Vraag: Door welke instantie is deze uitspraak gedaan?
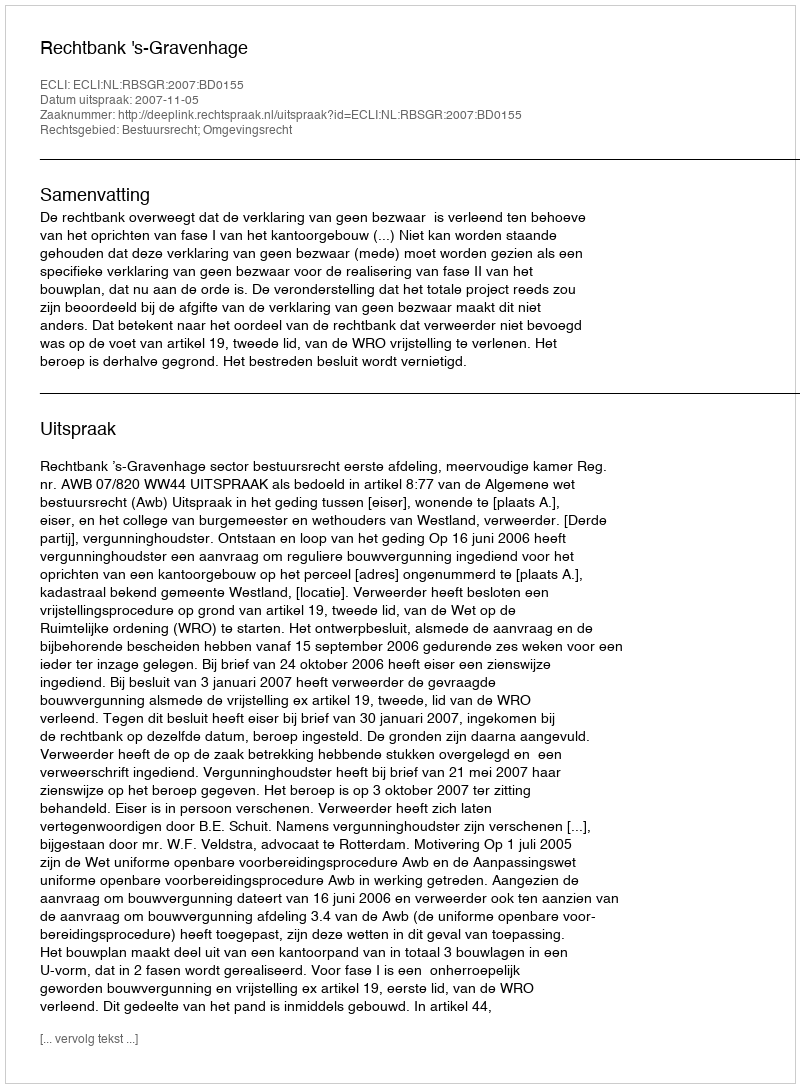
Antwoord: Rechtbank 's-Gravenhage